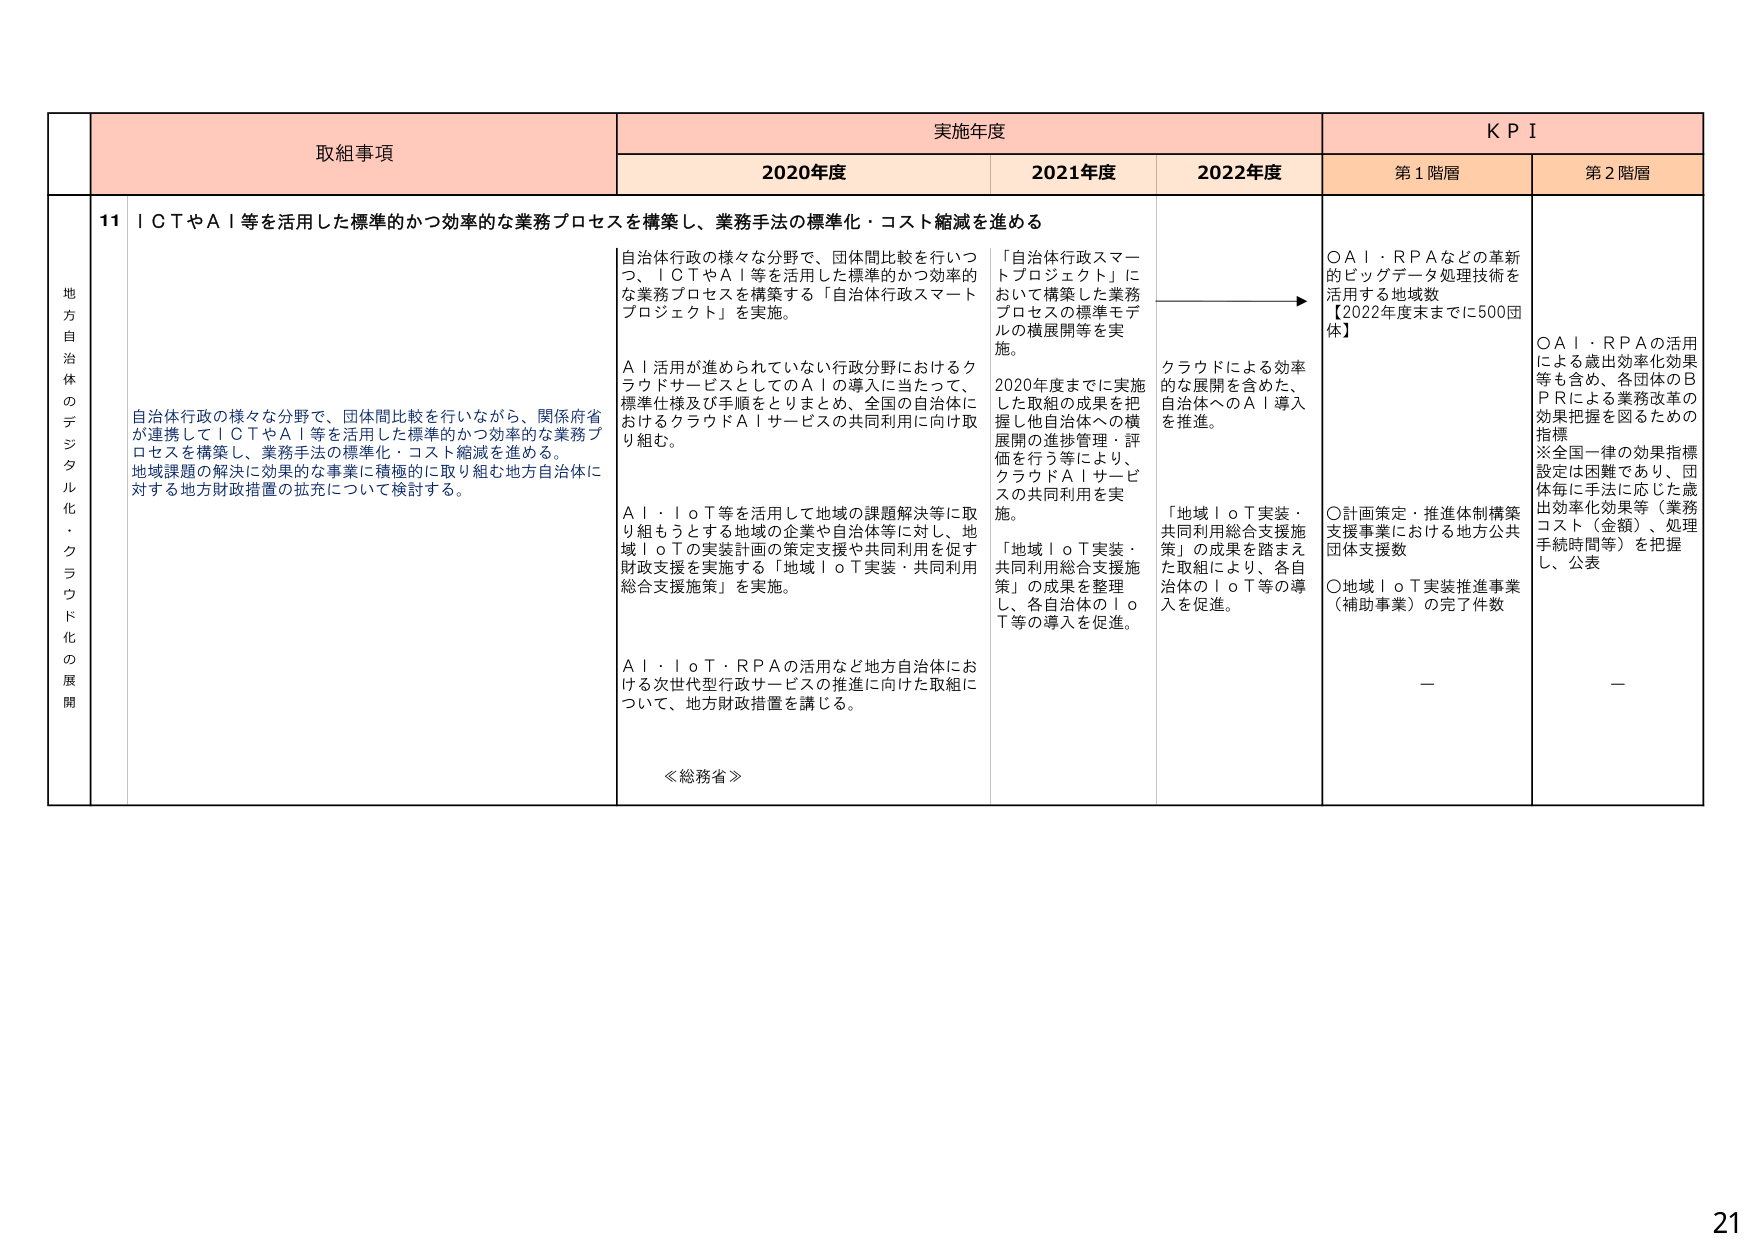
地方自治体のデジタル化・クラウド化の展開

取組事項
11 ICTやAI等を活用した標準的かつ効率的な業務プロセスを構築し、業務手法の標準化・コスト縮減を進める

自治体行政の様々な分野で、団体間比較を行いながら、関係府省が連携してICTやAI等を活用した標準的かつ効率的な業務プロセスを構築し、業務手法の標準化・コスト縮減を進める。地域課題の解決に効果的な事業に積極的に取り組む地方自治体に対する地方財政措置の拡充について検討する。

自治体行政の様々な分野で、団体間比較を行いつつ、ICTやAI等を活用した標準的かつ効率的な業務プロセスを構築する「自治体行政スマートプロジェクト」を実施。

AI活用が進められていない行政分野におけるクラウドサービスとしてのAIの導入に当たって、標準仕様及び手順をとりまとめ、全国の自治体におけるクラウドAIサービスの共同利用に向け取り組む。

AI・IoT等を活用して地域の課題解決等に取り組もうとする地域の企業や自治体等に対し、地域IoTの実装計画の策定支援や共同利用を促す財政支援を実施する「地域IoT実装・共同利用総合支援施策」を実施。

AI・IoT・RPAの活用など地方自治体における次世代型行政サービスの推進に向けた取組について、地方財政措置を講じる。

≪総務省≫

実施年度
2020年度
2021年度
2022年度

「自治体行政スマートプロジェクト」において構築した業務プロセスの標準モデルの横展開等を実施。

2020年度までに実施した取組の成果を把握し他自治体への横展開の進捗管理・評価を行う等により、クラウドAIサービスの共同利用を実施。

「地域IoT実装・共同利用総合支援施策」の成果を整理し、各自治体のIoT等の導入を促進。

クラウドによる効率的な展開を含めた、自治体へのAI導入を推進。

「地域IoT実装・共同利用総合支援施策」の成果を踏まえた取組により、各自治体のIoT等の導入を促進。

KPI
第1階層
第2階層

○AI・RPAなどの革新的ビッグデータ処理技術を活用する地域数
【2022年度末までに500団体】

○計画策定・推進体制構築支援事業における地方公共団体支援数
○地域IoT実装推進事業（補助事業）の完了件数

○AI・RPAの活用による歳出効率化効果等も含め、各団体のBPRによる業務改革の効果把握を図るための指標
※全国一律の効果指標設定は困難であり、団体毎に手法に応じた歳出効率化効果等（業務コスト（金額）、処理手続時間等）を把握し、公表

—
—

21